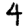
Digit: 4